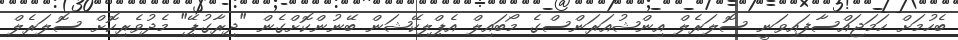
ބެހުމަށް ހަމަޖައްސާފައިވަނީ ސޮލަރެލް އިންޝުއަރަންސްގެ މޯބައިލް އެޕްލިކޭޝަން ބޭނުންކޮށްގެން "ދިރާގުޕޭ" މެދުވެރިކޮށް ސޮލަރެލް